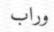
وراب